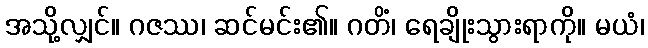
အသို့လျှင်။ ဂဇဿ၊ ဆင်မင်း၏။ ဂတိံ၊ ရေချိုးသွားရာကို။ မယံ၊